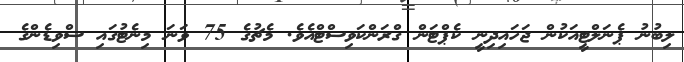
ލިބުނު ޕެނަލްޓީއަކުން ޖަހައިދިނީ ކެޕްޓަން ގްރަންކަވިސްޓްއެވެ. މެޗުގެ 75 ވަނަ މިނެޓުގައި ސްވިޑެންގެ